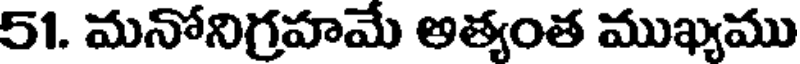
51. మనోనిగ్రహమే అత్యంత ముఖ్యము